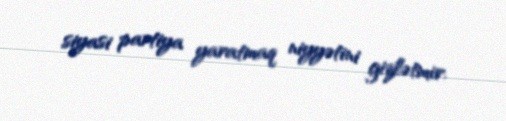
siyasi partiya yaratmaq niyyətini gizlətmir.